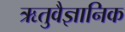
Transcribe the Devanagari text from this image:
ऋतुवैज्ञानिक